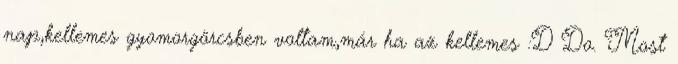
nap,kellemes gyomorgörcsben voltam,már ha az kellemes :D Do. Most